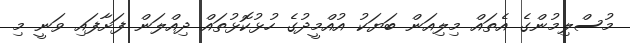
މުސްލިމުންގެ އެތައް މިލިއަން ބަޔަކު އުއްމީދުގެ ހުޅުކޮޅުތައް ދިއްލަން ފަށާފައި ވަނީ މި